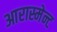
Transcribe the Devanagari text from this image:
आरास्मेन्ट